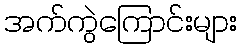
အက်ကွဲကြောင်းများ